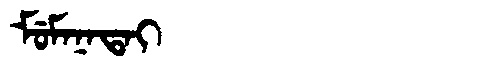
Manchu: ᠮᡠᠮᠠᠨᠠᡨᠠᡳ
Romanization: MUMANATAI